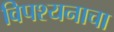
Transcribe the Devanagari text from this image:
विपश्यनाचा